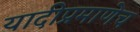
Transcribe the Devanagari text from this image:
यादीप्रमाणेच